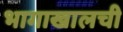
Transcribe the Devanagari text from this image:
भागाखालची